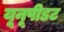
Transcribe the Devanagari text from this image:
यूनूपीडट